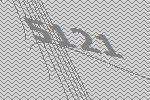
5121